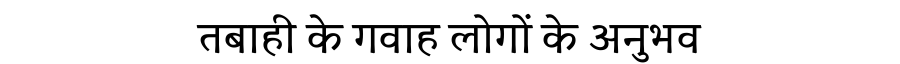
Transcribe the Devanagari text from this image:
तबाही के गवाह लोगों के अनुभव